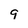
Character: 9